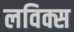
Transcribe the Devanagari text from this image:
लविक्स